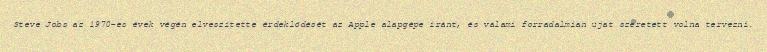
Steve Jobs az 1970-es évek végén elveszítette érdeklődését az Apple alapgépe iránt, és valami forradalmian újat szeretett volna tervezni.